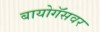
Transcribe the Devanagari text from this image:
बायोगॅसवर